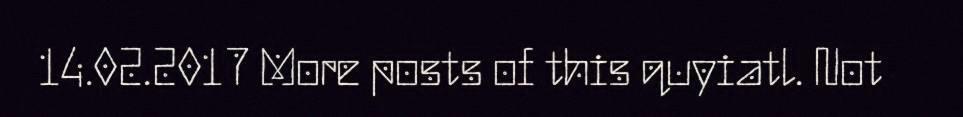
14.02.2017 More posts of this quyiatl. Not